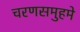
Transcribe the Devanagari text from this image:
चरणसमुहमे